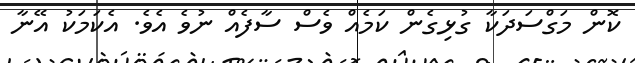
ކޮން މަގްސަދަކާ ގުޅިގެން ކަމެއް ވެސް ސާފެއް ނުވެ އެވެ. އެކަމަކު އޭނާ